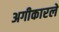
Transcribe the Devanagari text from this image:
अगीकारले